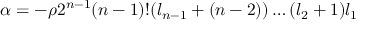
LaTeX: \alpha = - \rho 2 ^ { n - 1 } ( n - 1 ) ! ( l _ { n - 1 } + ( n - 2 ) ) \ldots ( l _ { 2 } + 1 ) l _ { 1 }